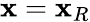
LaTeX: \mathbf{x}=\mathbf{x}_{R}